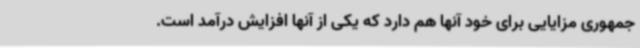
جمهوری مزایایی برای خود آنها هم دارد که یکی از آنها افزایش درآمد است.